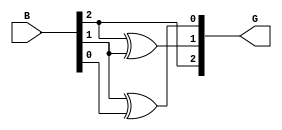
module gray_code_encoder (
    input  wire [2:0] B,  // 3-bit binary input
    output wire [2:0] G   // 3-bit Gray code output
);

// Assign Gray code output based on the binary input
assign G[2] = B[2];                // MSB of Gray code is the same as MSB of binary input
assign G[1] = B[2] ^ B[1];         // Second bit of Gray code
assign G[0] = B[1] ^ B[0];         // LSB of Gray code

endmodule